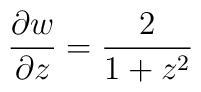
\frac{\partial w}{\partial z}=\frac{2}{1+z^{2}}